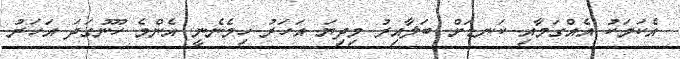
އެކަމަކު އެއްގަމާއި ކަނޑަށް ބަލާއިރު މިދިޔަ އަހަރު ހިމެނެނީ އެންމެ ހޫނުގަދަ އަހަރު